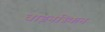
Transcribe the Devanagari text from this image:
वाइनस्किन